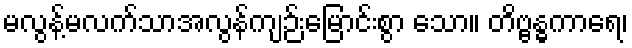
မလွန့်မလက်သာအလွန်ကျဉ်းမြောင်းစွာ သော။ တိဗ္ဗန္ဓကာရေ၊